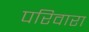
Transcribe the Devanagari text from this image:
परिवारा